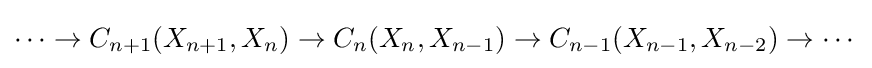
\cdots \to {C_{n+1}}(X_{n+1},X_{n})\to {C_{n}}(X_{n},X_{n-1})\to {C_{n-1}}(X_{n-1},X_{n-2})\to \cdots